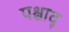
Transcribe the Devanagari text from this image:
पश्चाद्